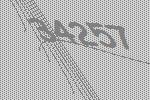
34257